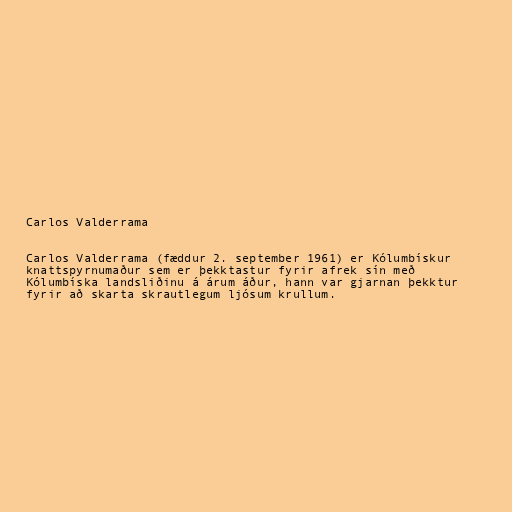
Carlos Valderrama

Carlos Valderrama (fæddur 2. september 1961) er Kólumbískur
knattspyrnumaður sem er þekktastur fyrir afrek sín með
Kólumbíska landsliðinu á árum áður, hann var gjarnan þekktur
fyrir að skarta skrautlegum ljósum krullum.